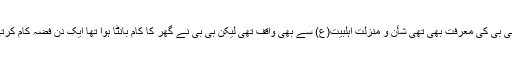
فضہ گھر کی کنیز تھی بی بی کی معرفت بھی تھی شأن و منزلت اہلبیت(ع) سے بھی واقف تھی لیکن بی بی نے گھر کا کام بانٹا ہوا تھا ایک دن فضہ کام کرتی ایک دن بی بی دو عالم۔